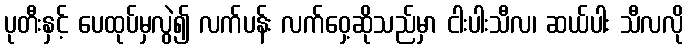
ပုတီးနှင့် ပေထုပ်မှလွဲ၍ လက်ပန်း လက်ဝှေ့ဆိုသည်မှာ ငါးပါးသီလ၊ ဆယ်ပါး သီလလို